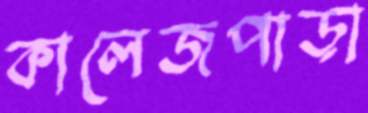
কালেজপাড়া